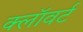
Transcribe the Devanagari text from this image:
क्लॉवर्ट